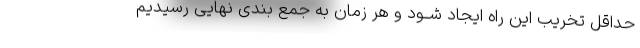
حداقل تخریب این راه ایجاد شــود و هر زمان به جمع بندی نهایی رسیدیم